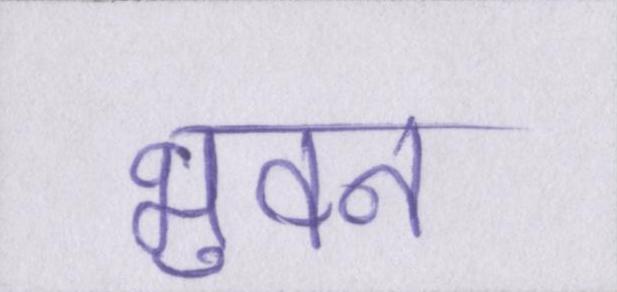
भुवन